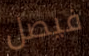
فيصل